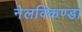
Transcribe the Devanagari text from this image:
नेलक्किण्डा